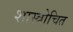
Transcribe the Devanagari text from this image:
शास्त्रोचित